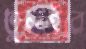
তুলাইবে